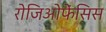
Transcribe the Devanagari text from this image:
रोजिओफेंसिस